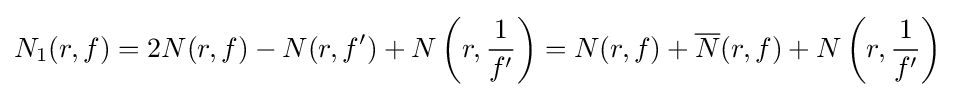
N_{1}(r,f)=2N(r,f)-N(r,f')+N\left(r,{\dfrac {1}{f'}}\right)=N(r,f)+{\overline {N}}(r,f)+N\left(r,{\dfrac {1}{f'}}\right)